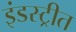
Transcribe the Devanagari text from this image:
इंडस्ट्रीत